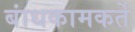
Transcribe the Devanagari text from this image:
बांधकामकर्ते